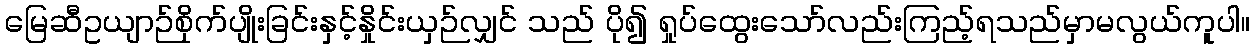
မြေဆီဥယျာဉ်စိုက်ပျိုးခြင်းနှင့်နှိုင်းယှဉ်လျှင် သည် ပို၍ ရှုပ်ထွေးသော်လည်းကြည့်ရသည်မှာမလွယ်ကူပါ။